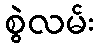
စွဲလမ်း